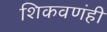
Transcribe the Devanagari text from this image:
शिकवणंही